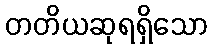
တတိယဆုရရှိသော